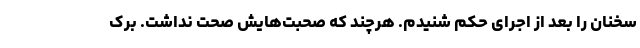
سخنان را بعد از اجرای حکم شنیدم. هرچند که صحبت‌هایش صحت نداشت. برک